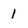
Character: 1